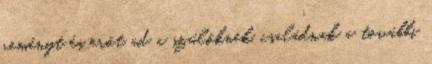
reményt és erőt ad a szülőknek, családnak a további